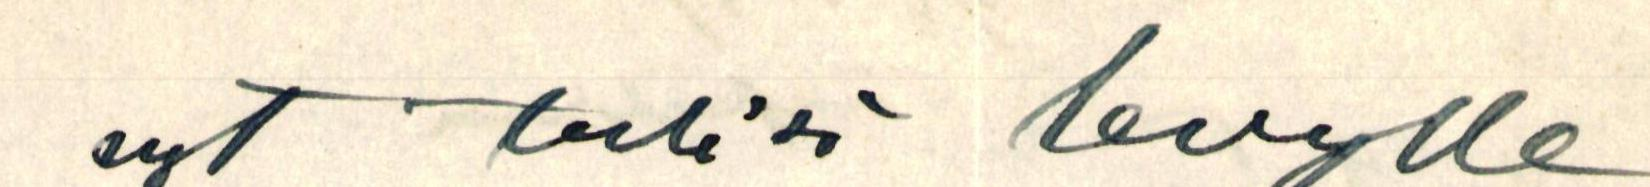
nyt tulisi levylle